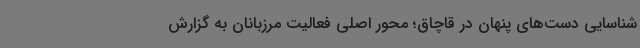
شناسایی دست‌های پنهان در قاچاق؛ محور اصلی فعالیت مرزبانان به گزارش